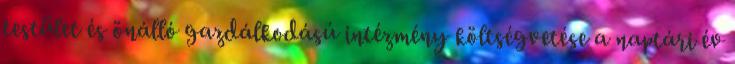
testület és önálló gazdálkodású intézmény költségvetése a naptári év